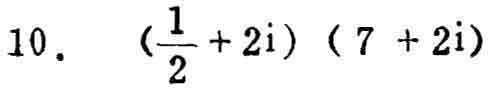
$10.\ (\frac{1}{2}+2i)(7 + 2i)$